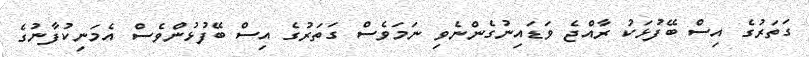
ގަތަރުގެ އިސް ބޭފުޅަކު ރާއްޖެ ވަޑައިނުގެންނެވި ނަމަވެސް ގަތަރުގެ އިސް ބޭފުޅުންވެސް އެމަނިކުފާނުގެ